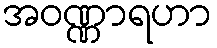
အဝဏ္ဏာရဟာ